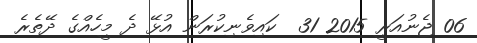
06 ޖެނުއަރީ 2015 31  ކައިވެނިކުރަން އުޅޭ ދެ މީހެއްގެ ދޭތެރެ